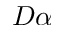
D \alpha